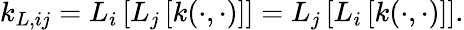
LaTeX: \begin{array}{r}{k_{L,ij}=L_{i}\left[L_{j}\left[k(\cdot,\cdot)\right]\right]=L_{j}\left[L_{i}\left[k(\cdot,\cdot)\right]\right].}\end{array}